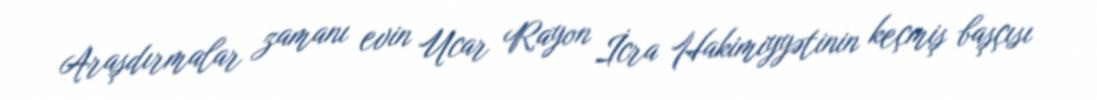
Araşdırmalar zamanı evin Ucar Rayon İcra Hakimiyyətinin keçmiş başçısı